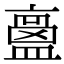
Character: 𥂶